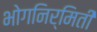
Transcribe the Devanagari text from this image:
भोगनिर्मिती